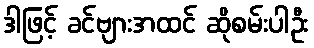
ဒါဖြင့် ခင်ဗျားအထင် ဆိုစမ်းပါဦး